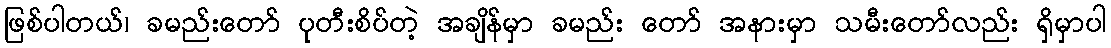
ဖြစ်ပါတယ်၊ ခမည်းတော် ပုတီးစိပ်တဲ့ အချိန်မှာ ခမည်း တော် အနားမှာ သမီးတော်လည်း ရှိမှာပါ